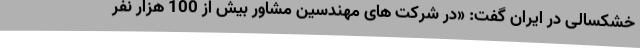
خشکسالی در ایران گفت: «در شرکت های مهندسین مشاور بیش از 100 هزار نفر